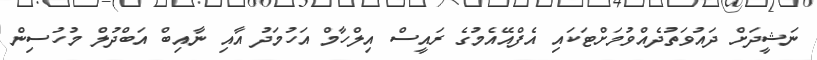
ނަޝީދަށް ދައުވަތުދެއްވުމަށްޓަކައި އެފްއޭއެމުގެ ރައީސް އިލްހާމް އަހުމަދު އާއި ނާއިބް އަބްދުލް މުހުސިން